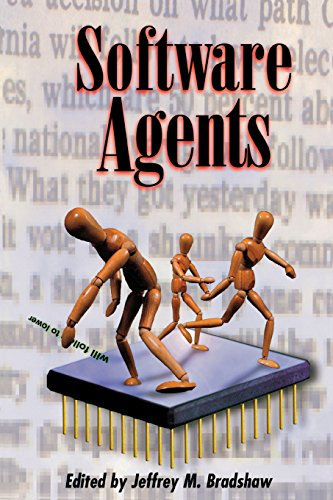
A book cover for Software Agents; Computers & Technology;